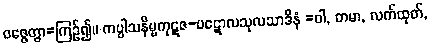
ဝဇ္ဇေတွာ=ကြဉ်၍။ ကပ္ပါသနိမ္ဗကုဋဇ-ပဋောလသုလသာဒိနံ =ဝါ, တမာ, လက်ထုတ်,